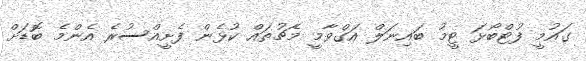
ގައުމީ ފުޓްބޯޅަ ޓީމު ބައިނަލް އަގްވާމީ މެޗުތައް ކުޅެން ފެށީއްސުރެ އެންމެ ބޮޑަށް